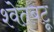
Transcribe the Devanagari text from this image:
श्वेतबटू